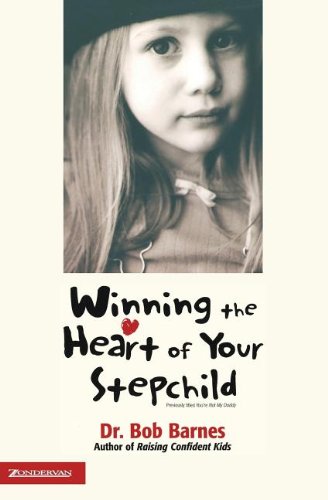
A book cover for Winning the Heart of Your Stepchild; Robert G. Barnes; Parenting & Relationships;